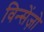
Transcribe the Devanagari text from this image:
विन्सेंज़ो